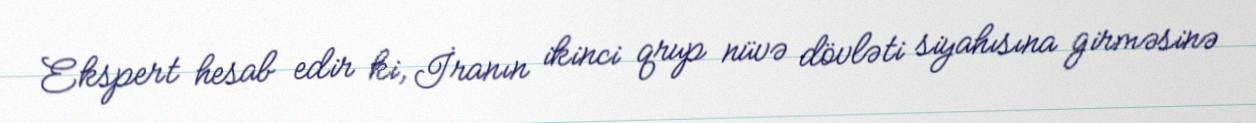
Ekspert hesab edir ki, İranın ikinci qrup nüvə dövləti siyahısına girməsinə